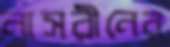
নাসরীনের